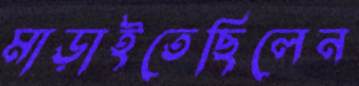
মাড়াইতেছিলেন